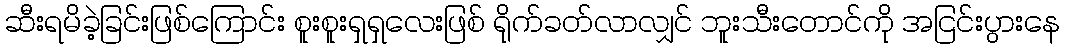
ဆီးရမိခဲ့ခြင်းဖြစ်ကြောင်း စူးစူးရှရှလေးဖြစ် ရိုက်ခတ်လာလျှင် ဘူးသီးတောင်ကို အငြင်းပွားနေ